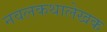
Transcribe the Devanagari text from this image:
नवलकथालेखक